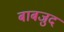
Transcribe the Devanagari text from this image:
बाबजुद